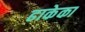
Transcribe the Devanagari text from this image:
ढाकेका